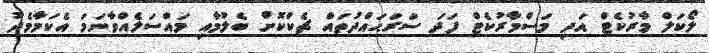
ލޯކަލް މާރުކެޓް އަދި މަސްމާރުކެޓް ފަދަ ސަރަޙައްދުތައް ޗެކްކޮށް ބެލުމާއި މައްސަލެއްވާނަމަ އެކަމާމެދު